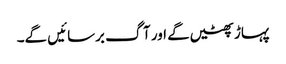
پہاڑ پھٹیں گے اور آگ برسائیں گے۔